Medical and sanitary report of the native army of Bengal for the year
Year: 1875
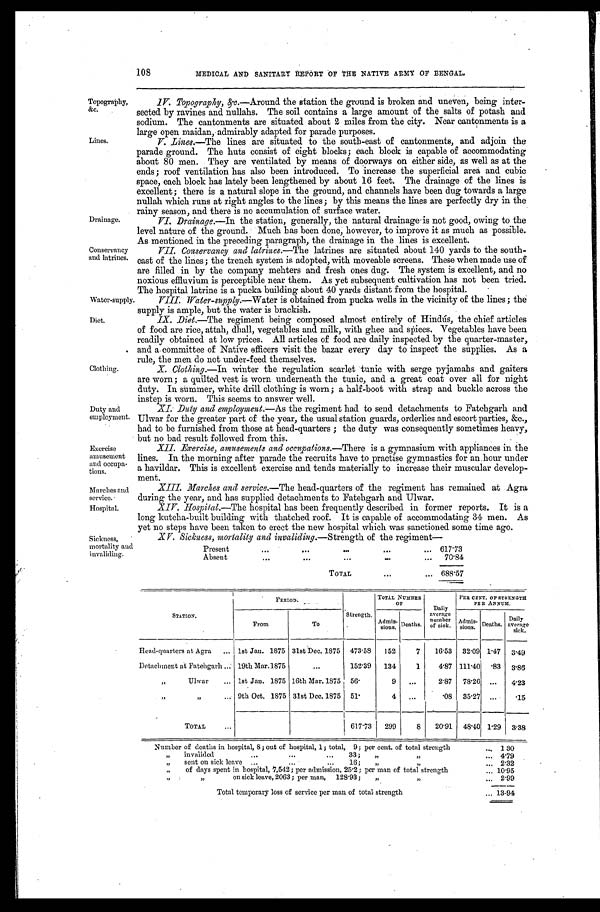
Drainage.
Conservancy
and latrines.
Water-supply.
Diet.
Exercise
amusement
and occupa
-tions.
Marches and
service.
Hospital.
108
MEDICAL AND SANITARY REPORT OF THE NATIVE ARMY OF BENGAL.
Topography,
&c.
Lines.
IV. Topography, &c .—Around the station the ground is broken and uneven, being inter--
sected by ravines and nullahs. The soil contains a large amount of the salts of potash and
sodium. The cantonments are situated about 2 miles from the city. Near cantonments is a
large open maidan, admirably adapted for parade purposes.
V. Lines.—The lines are situated to the south-east of cantonments, and adjoin the
parade ground. The huts consist of eight blocks; each block is capable of accommodating
about 80 men. They are ventilated by means of doorways on either side, as well as at the
ends; roof ventilation has also been introduced. To increase the superficial area and cubic
space, each block has lately been lengthened by about 16 feet. The drainage of the lines is
excellent; there is a natural slope in the ground, and channels have been dug towards a large
nullah which runs at right angles to the lines; by this means the lines are perfectly dry in the
rainy season, and there is no accumulation of surface water.
VI. Drainage.—In the station, generally, the natural drainage is not good, owing to the
level nature of the ground. Much has been done, however, to improve it as much as possible.
As mentioned in the p r e c e d i n g p a r a g r a p h , t h e d r a i n a g e i n t h e l i n e s i s e x c e l l e n t .
VII. Conservancy and latrines.—The latrines are situated about 140 yards to the south
- e a s t o f t h e l i n e s ; t h e t r e n c h s y s t e m i s a d o p t e d , w i t h m o v e a b l e s c r e e n s . T h e s e w h e n m a d e u s e o f
are filled in by the company, mehters and fresh ones dug. The system is excellent, and no
noxious effluvium is perceptible near them. As yet subsequent cultivation has not been tried.
The hospital latrine is a pucka building about 40 yards distant from the hospital.
Clothing.
Duty and
employment.
VIII. Water-supply.—Water is obtained from pucka wells in the vicinity of the lines; the
supply is ample, but the water is brackish.
IX. Diet.—The regiment being composed almost entirely of Hindus, the chief articles
of food are rice, attah, dhall, vegetables and milk, with ghee and spices. Vegetables have been
readily obtained at low prices. All articles of food are daily inspected by the quarter-master,
and a committee of Native officers visit the bazar every day to inspect the supplies. As a
rule, the men do not under-feed themselves.
X. Clothing.—In winter the regulation scarlet tunic with serge pyjamahs and gaiters
are worn; a quilted vest is worn underneath the tunic, and a great coat over all for night
duty. In summer, white drill clothing is worn; a half-boot with strap and buckle across the
instep is worn. This seems to answer well.
XI. Duty and employment.—As the regiment had to send detachments to Fatehgarh and
Ulwar for the greater part of the year, the usual station guards, orderlies and escort parties, &c.,
had to be furnished from those at head-quarters; the duty was consequently sometimes heavy,
but no bad result followed from this.
XII. Exercise, amusements and occupations.— There is a gymnasium with appliances in the
lines. In the morning after parade the recruits have to practise gymnastics for an hour under
a havildar. This is excellent exercise and tends materially to increase their muscular develop--
ment.
XIII. Marches and service.— The head-quarters of the regiment has remained at Agra
during the year, and has supplied detachments to Fatehgarh and Ulwar.
XIV. Hospital.—The hospital has been frequently described in former reports. It is a
long kutcha-built building with thatched roof. It is capable of accommodating 34 men. As
yet no steps have been taken to erect the new hospital which was sanctioned some time ago.
Sickness,
mortality and
invaliding.
XV. Sickness, mortality and invaliding.—Strength of the regiment—
Present
.
.
.
617.73
Absent
.
.
.
70.84
TOTAL . . .
688.57
STATION.
PERIOD.
Strength.
TOTAL NUMBER
OF
Daily
average
number
of sick.
PER CENT. OF STRENGTH
PER ANNUM.
To
Admis-sion. Deaths.
Admis-
sions. Deaths.
From
Daily
average
sick.
Head-quarters at Agra . . . 1st Jan. 1875 31st Dec. 1875 473.58
152
7
16.53
32.09 1.47 3.49
Detachment at Fatehgarh . . . 19th Mar.1875
. . .
152.39
134
1
4.87 111.40
.83
3.86
" Ulwar
. . . 1st Jan. 1875 16th Mar. 1875 5 6 .
9
. . .
2.87
78.26
. . .
4.23
" " . . .
9th Oct. 1875 31st Dec. 1875
5 1 .
4
. . .
.08
35.27
. . . .15
TOTAL
. . .
617.73
299
8
20.91
48.40 1.29
3.38
Number of deaths in hospital, 8; out of hospital, 1; total, 9; per cent. of total strength . . . 1 30
" invalided . . . 33; " " . . . 4.79
"
sent on sick leave . . . 16; " " . . . 2.32
"
of days spent in hospital, 7,542; per admission, 25.2; per man of total strength . . . 10.95
"
on sick leave, 2063; per man, 128.93; " " . . . 2.99
Total temporary loss of service per man of total strength . . . 13-94